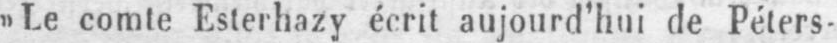
»Le comte Esterhazy écrit aujourd’hui de Péters-